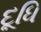
દૂધિ